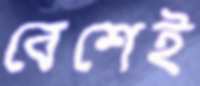
বেশেই